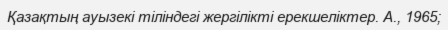
Қазақтың ауызекі тіліндегі жергілікті ерекшеліктер. А., 1965;